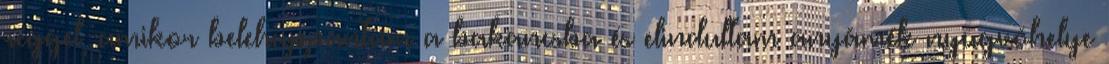
reggel, amikor belehuppantam a bakancsba és elindultam anyámék nyugvóhelye